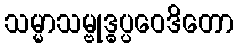
သမ္မာသမ္ဗုဒ္ဓပ္ပဝေဒိတော